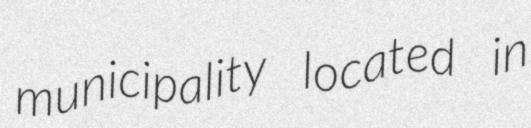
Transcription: municipality located in